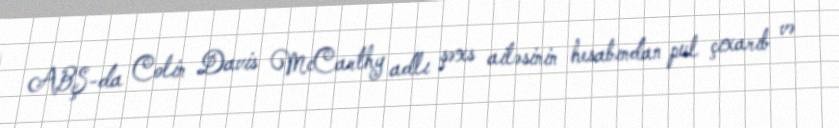
ABŞ-da Colin Davis McCarthy adlı şəxs ailəsinin hesabından pul çıxarıb və